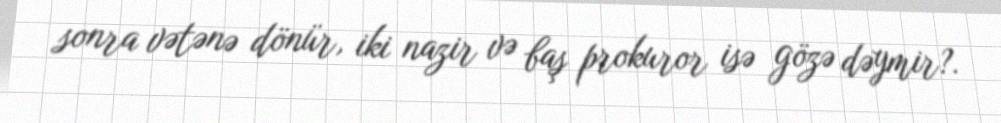
sonra vətənə dönür, iki nazir və baş prokuror isə gözə dəymir?.